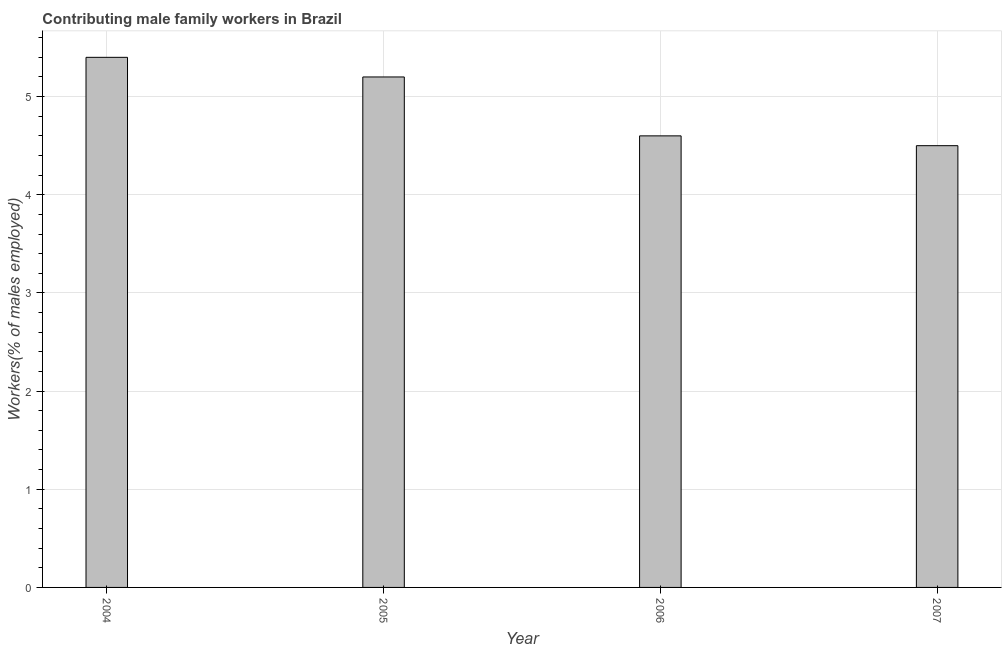
| Year | Contributing family workers |
 | --- | --- |
 | 2004 | 5.4 |
 | 2005 | 5.2 |
 | 2006 | 4.6 |
 | 2007 | 4.5 |